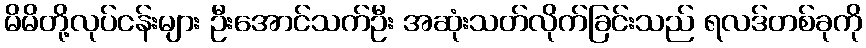
မိမိတို့လုပ်ငန်းများ ဦးအောင်သက်ဦး အဆုံးသတ်လိုက်ခြင်းသည် ရလဒ်တစ်ခုကို